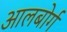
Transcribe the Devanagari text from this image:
आलबोर्ग